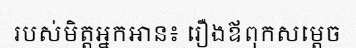
របស់មិត្តអ្នកអាន៖ រឿងឪពុកសម្តេច